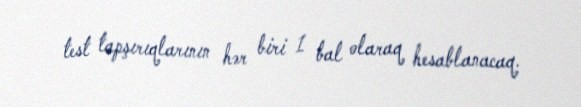
test tapşırıqlarının hər biri 1 bal olaraq hesablanacaq.